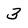
Character: 3